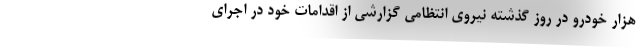
هزار خودرو در روز گذشته نیروی انتظامی گزارشی از اقدامات خود در اجرای